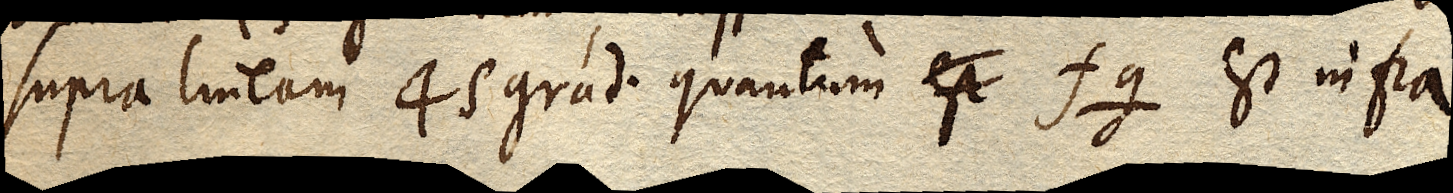
supra lineam 45 grad. quantum est fg est infra